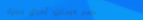
مطعم البستان: أطباق صحية